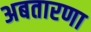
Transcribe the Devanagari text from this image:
अबतारणा